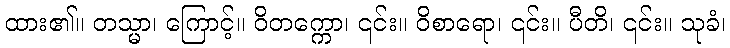
ထား၏။ တသ္မာ၊ ကြောင့်။ ဝိတက္ကော၊ ၎င်း။ ဝိစာရော၊ ၎င်း။ ပီတိ၊ ၎င်း။ သုခံ၊